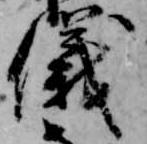
儀